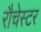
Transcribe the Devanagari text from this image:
रौचेस्टर